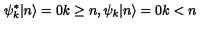
\psi _ { k } ^ { \ast } | n \rangle = 0 k \geq n , \psi _ { k } | n \rangle = 0 k < n